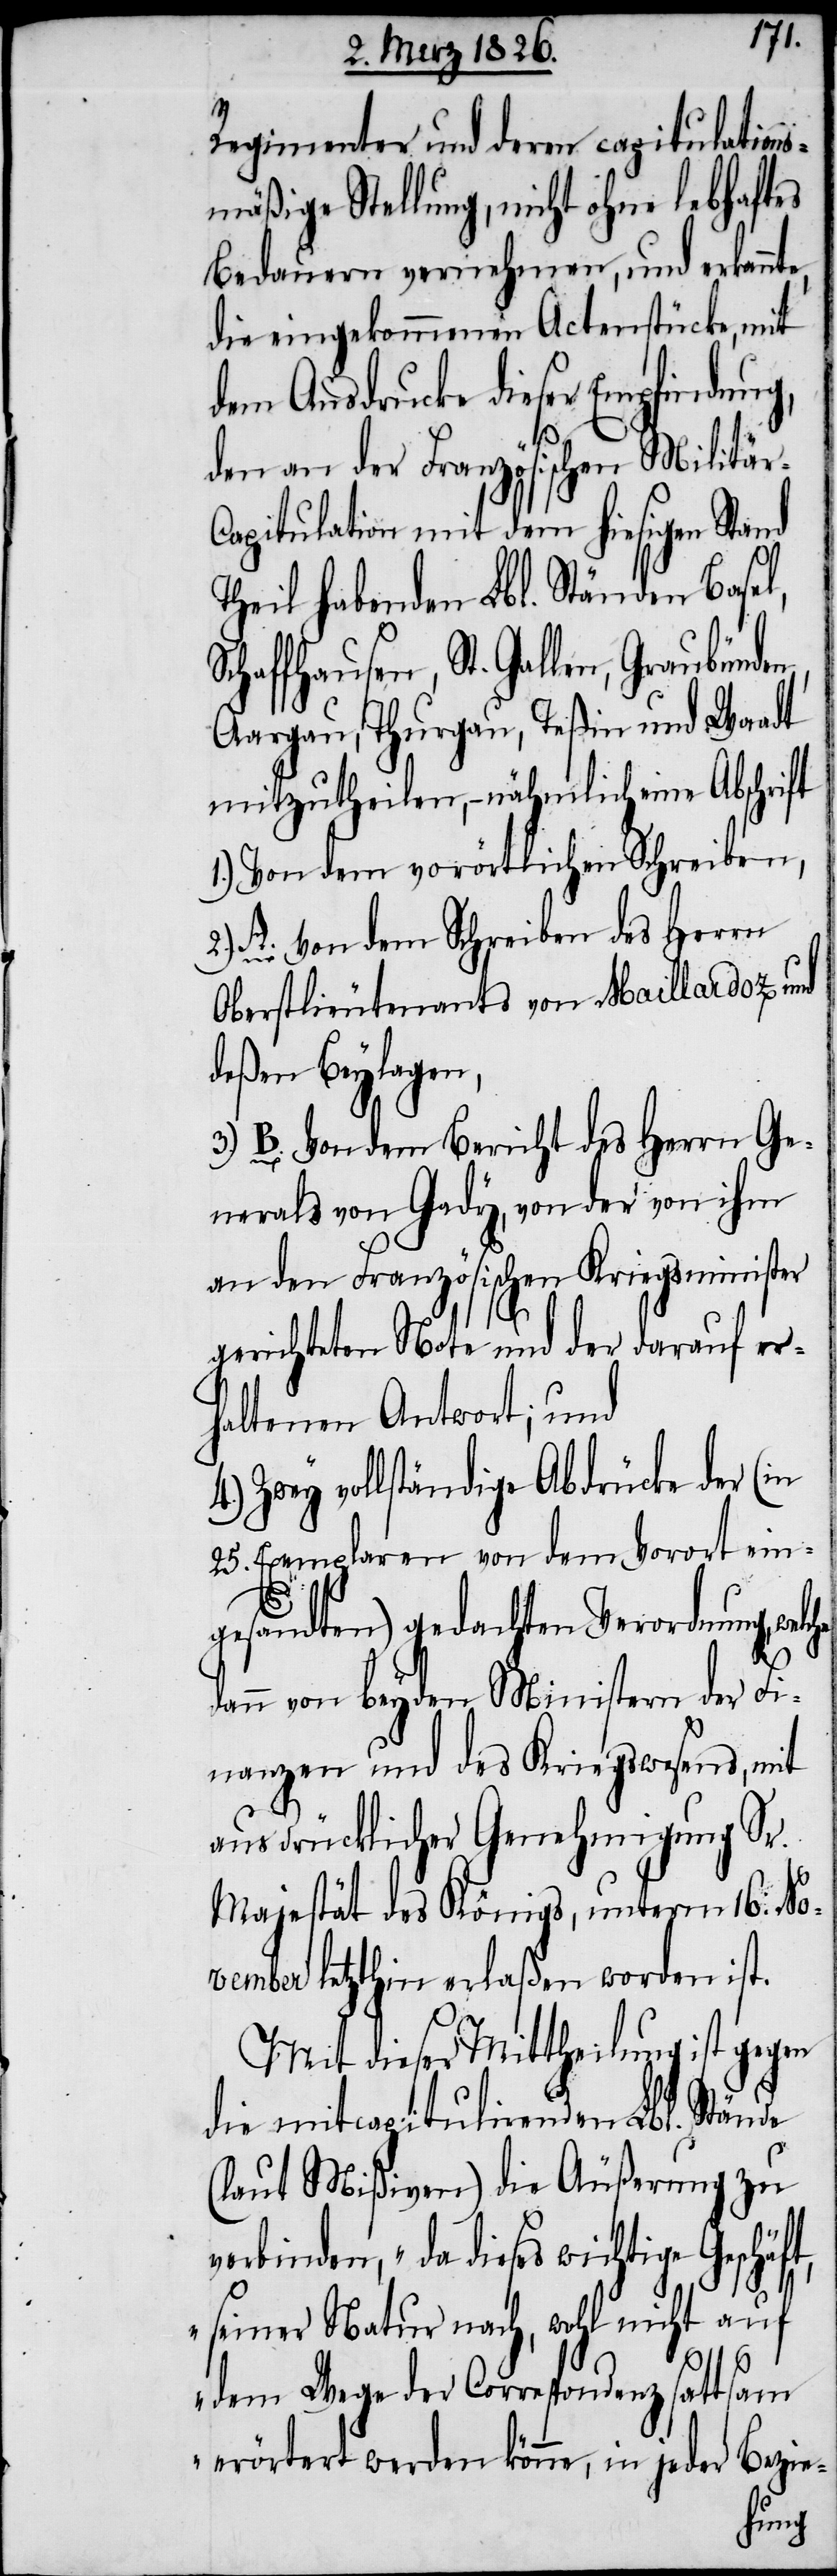
Regimenter und deren capitulations¬
mäßige Stellung, nicht ohne lebhaftes
Bedauern vernehmen, und erkannt¬
die eingekommenen Actenstücke, mit
dem Ausdrucke dieser Empfindung,
t,
den an der Französischen Militä¬
apitulation mit dem hiesigen Stand
Theil habenden Lbl. Ständen Basel,
chaffhausen, St. Gallen, Graubünde¬
Aargau, Thurgau, Teßin und Waadt
mitzutheilen, – nähmlich eine Abschrift
1.) Von dem vorörtlichen Schreiben,
2.) A. Von dem Schreiben des Herrn
Oberstlieutenants von Maillardoz und
deßen Beylagen,
3.) B. Von dem Bericht des Herrn Ge¬
nerals von Gady, von der von ihm
an den Französischen Kriegsminister
gerichteten Note und der darauf er¬
haltenen Antwort; und
Zwey vollständige Abdrücke der (in
25. Exemplaren von dem Vorort ein¬
gesandten) gedachten Verordnung,
ann von beyden Ministern der Fi¬
nanzen und des Kriegswesens, mit
ausdrücklicher Genehmigung Sr.
Majestät des Königs, unterm 16: No¬
vember letzthin erlaßen worden ist.
Mit dieser Mittheilung ist gegen
die mitcapitulirenden Lbl. Stände
(laut Mißiven) die Äußerung zu
verbinden, „da dieses wichtige Geschäf¬
seiner Natur nach, wohl nicht auf
S¬
dem Wege der Correspondenz sattsam
erörtert werden könne, in jeder Bezie-